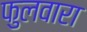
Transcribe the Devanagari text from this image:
फुलवारा